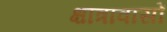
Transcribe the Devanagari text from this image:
क्षात्रावासों